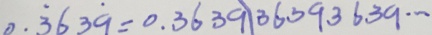
0 . \dot { 3 } 6 3 \dot { 9 } = 0 . 3 6 3 9 1 3 6 3 9 3 6 3 9 \cdots